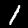
Digit: 1